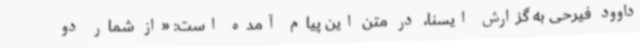
داوود فیرحی به گزارش ایسنا، در متن این پیام آمده است: «از شمار دو